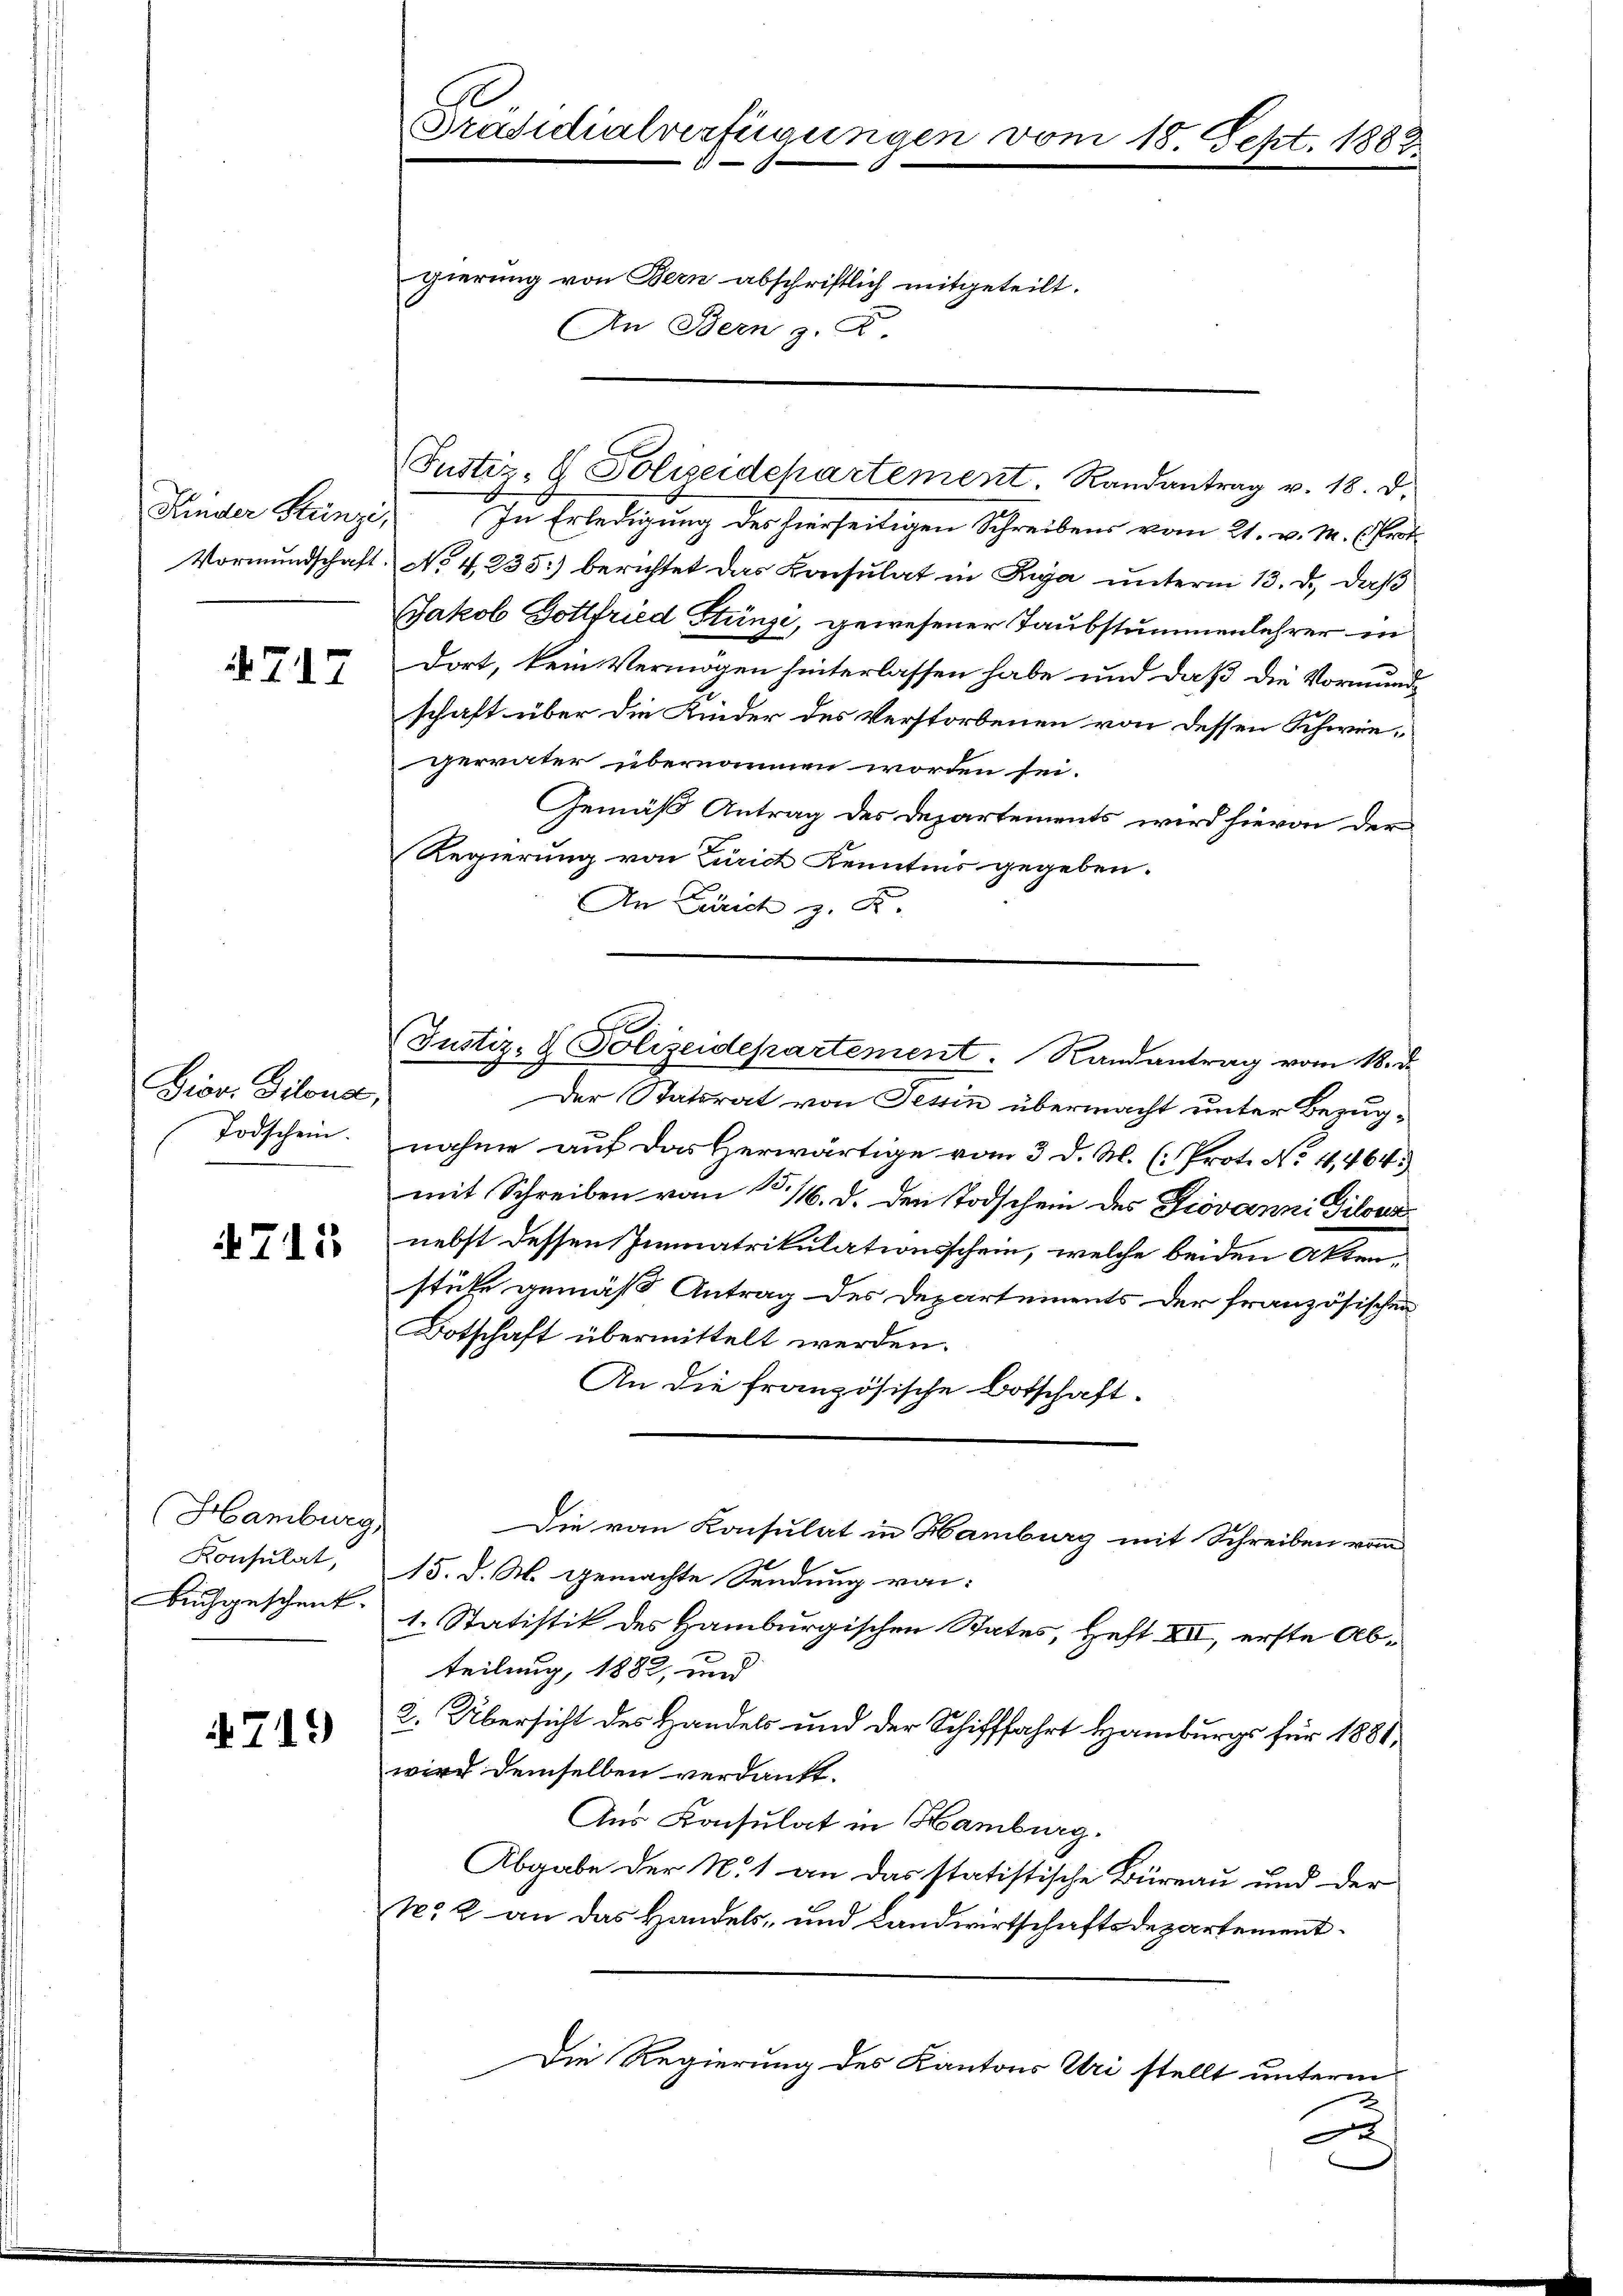
Kinder Stünzi,

717

Gior. Giloua,
Todschein.

4711

Hamburg,
Konsulat,
buchgeschenk.

749

Präsidialverfügungen

gierung von Bern abschriftlich mitgeteilt.
An Bern z. B.

E
Justiz- & Polizeidepartement. Randantrag vom 18. d.

Justiz- & Polizeidchartement. Randantrag v. 18. d.
In Erledigung des hierseitigen Schreibens vom 21. v. M. (Prot
Vormundschaft No 4235) berichtet das Konsulat in Inga unterm 13. d. daß
Jakob Gottfried Stünzi, gewesener Taubstummenlehrer in
dort, kein Vermögen hinterlassen habe und daß die Vormundschaft über die Kinder des Verstorbenen von dessen Schwieperväter übernommen worden sei.
Gemäß Antrag des Departements wird hievon der
Regierung von Zürich Kenntnis gegeben.
An Zürich z. R.
Der Statsrat von Tessin übermacht unter Bezugnahme auf das Herwärtige vom 3. d. M. (Prot. No. 4, 464.
mit Schreiben vom 15./6. d. den Todschein des Jovanni Diloua
nebst dessen Immatrikulationsschein, welche beiden Aktenstüke gemäß Antrag des Departements der französischen
Botschaft übermittelt werden.
An die französische Botschaft.
Die von Konsulat in Hamburg mit Schreiben vom
15. d. M. gemachte Sendung von:
1. Statistik des Hamburgischen States, Heft XII, erste Abteilung, 1882, und
2. Übersicht des Handels und der Schifffahrt Hamburgs für 1881,
wird demselben verdankt.
Aus Konsulat in Hamburg.
Abgabe der N. 1 an das statistische Büreau und der
N. 2 an das Handels- und Landwirtschaftsdepartement¬
Die Regierung des Kantons Uri stellt unterm

18. Sept. 1883.

A